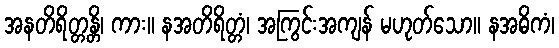
အနတိရိတ္တန္တိ၊ ကား။ နအတိရိတ္တံ၊ အကြွင်းအကျန် မဟုတ်သော။ နအဓိကံ၊